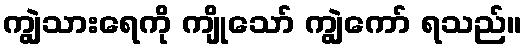
ကျွဲသားရေကို ကျိုသော် ကျွဲကော် ရသည်။